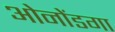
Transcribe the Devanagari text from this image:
ओनोंडगा